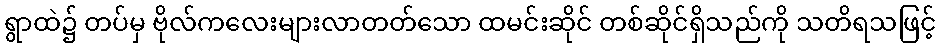
ရွာထဲ၌ တပ်မှ ဗိုလ်ကလေးများလာတတ်သော ထမင်းဆိုင် တစ်ဆိုင်ရှိသည်ကို သတိရသဖြင့်